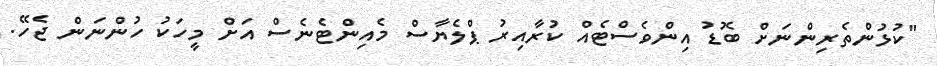
"ކުޅުންތެރިންނަށް ބޮޑު އިންވެސްޓެއް ކުރާއިރު ޕްލެޔާސް މެއިންޓެނެސް އަށް މީހަކު ހުންނަން ޖެހޭ.